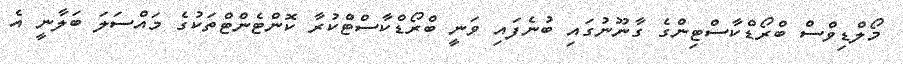
މޯލްޑިވްސް ބްރޯޑްކާސްޓިންގެ ގާނޫނުގައި ބުނެފައި ވަނީ ބްރޯޑްކާސްޓްކުރާ ކޮންޓެންޓްތަކުގެ މައްސަލަ ބަލާނީ އެ